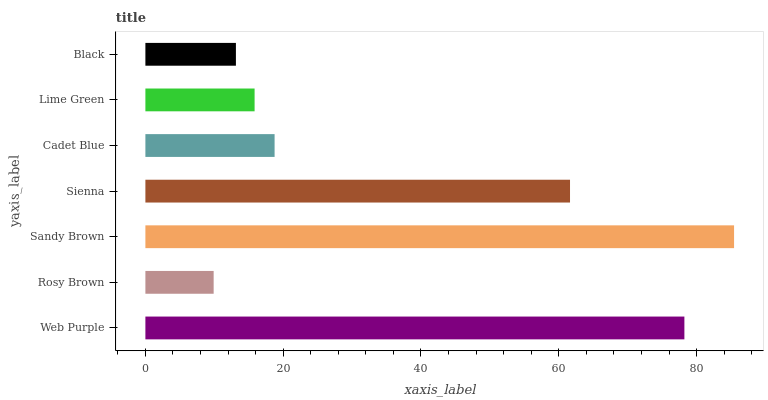
| yaxis_label | bars |
 | --- | --- |
 | Web Purple | 78.2 |
 | Rosy Brown | 9.91 |
 | Sandy Brown | 85.4 |
 | Sienna | 61.6 |
 | Cadet Blue | 18.8 |
 | Lime Green | 15.9 |
 | Black | 13.1 |